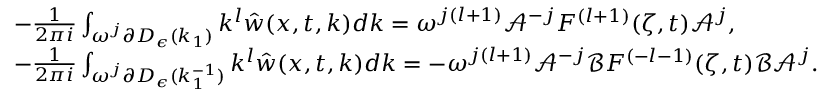
\begin{array} { r l } & { - \frac { 1 } { 2 \pi i } \int _ { \omega ^ { j } \partial D _ { \epsilon } ( k _ { 1 } ) } k ^ { l } \hat { w } ( x , t , k ) d k = \omega ^ { j ( l + 1 ) } \mathcal { A } ^ { - j } F ^ { ( l + 1 ) } ( \zeta , t ) \mathcal { A } ^ { j } , } \\ & { - \frac { 1 } { 2 \pi i } \int _ { \omega ^ { j } \partial D _ { \epsilon } ( k _ { 1 } ^ { - 1 } ) } k ^ { l } \hat { w } ( x , t , k ) d k = - \omega ^ { j ( l + 1 ) } \mathcal { A } ^ { - j } \mathcal { B } F ^ { ( - l - 1 ) } ( \zeta , t ) \mathcal { B } \mathcal { A } ^ { j } . } \end{array}